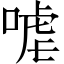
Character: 㖸